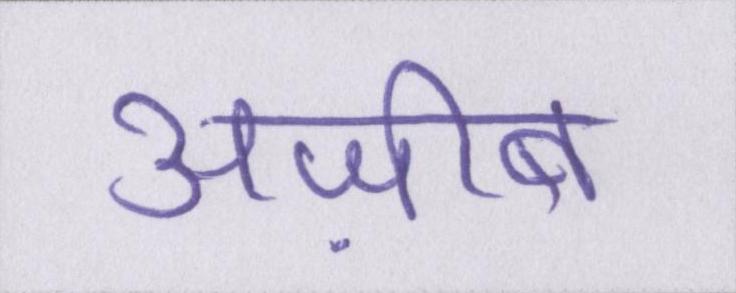
अज़ीब